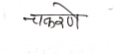
मजकूर: चकरणे